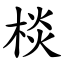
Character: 棪